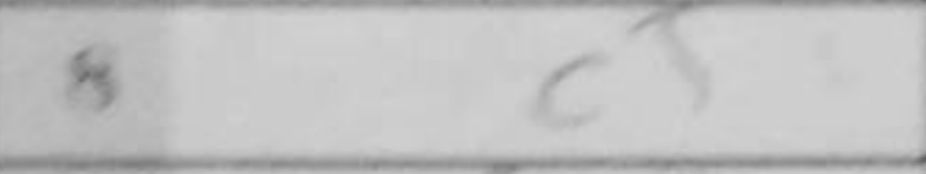
Transcription: c5